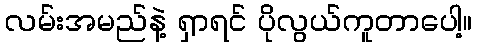
လမ်းအမည်နဲ့ ရှာရင် ပိုလွယ်ကူတာပေါ့။